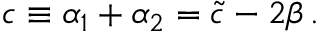
c \equiv \alpha _ { 1 } + \alpha _ { 2 } = \tilde { c } - 2 \beta \, .